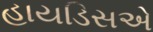
હાયડિસએ